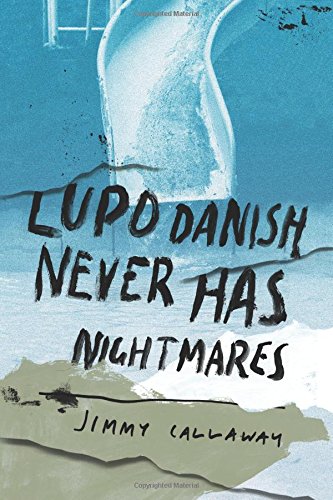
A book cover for Lupo Danish Never Has Nightmares; Jimmy Callaway; Science Fiction & Fantasy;